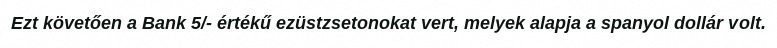
Ezt követően a Bank 5/- értékű ezüstzsetonokat vert, melyek alapja a spanyol dollár volt.